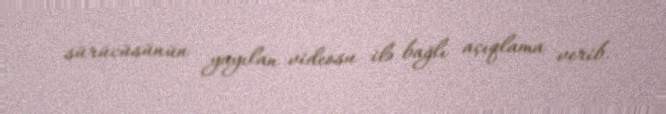
sürücüsünün yayılan videosu ilə bağlı açıqlama verib.